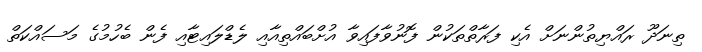
ތިނަދޫ ރައްޔިތުންނަށް އެކި ފަރާތްތަކުން ފޮނުވާފައިވާ އުށްބައްތިއާއި ލެޑްލައިޓާއި ފެން ބެހުމުގެ މަސައްކަތް